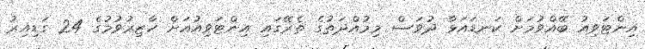
އިންޓަވިއު ބޭއްވުމަށް ކަނޑައަޅާ ދުވަސް މިމުއްދަތުގެ ތެރޭގައި އިންޓަވިއުއަށް ހާޒިރުވުމުގެ 24 ގަޑިއިރު